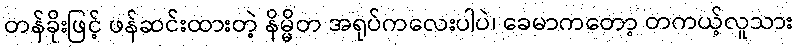
တန်ခိုးဖြင့် ဖန်ဆင်းထားတဲ့ နိမ္မိတ အရုပ်ကလေးပါပဲ၊ ခေမာကတော့ တကယ့်လူသား